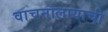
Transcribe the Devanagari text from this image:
वाचनालायाची